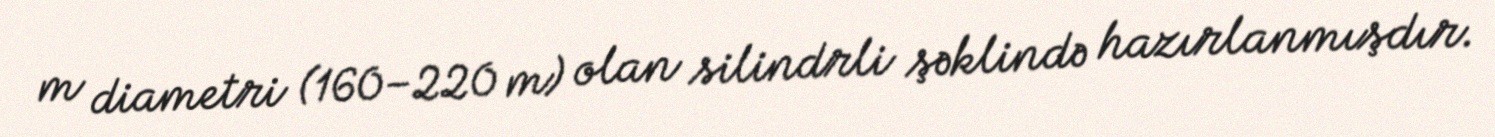
m diametri (160–220 m) olan silindrli şəklində hazırlanmışdır.